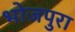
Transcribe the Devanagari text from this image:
भोजपुरा